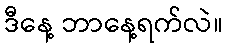
ဒီနေ့ ဘာနေ့ရက်လဲ။